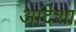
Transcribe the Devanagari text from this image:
आंदेशा